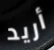
أريد